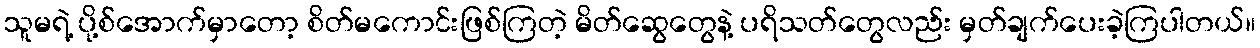
သူမရဲ့ ပို့စ်အောက်မှာတော့ စိတ်မကောင်းဖြစ်ကြတဲ့ မိတ်ဆွေတွေနဲ့ ပရိသတ်တွေလည်း မှတ်ချက်ပေးခဲ့ကြပါတယ်။